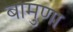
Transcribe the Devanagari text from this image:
बामुणा